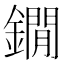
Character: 鐗